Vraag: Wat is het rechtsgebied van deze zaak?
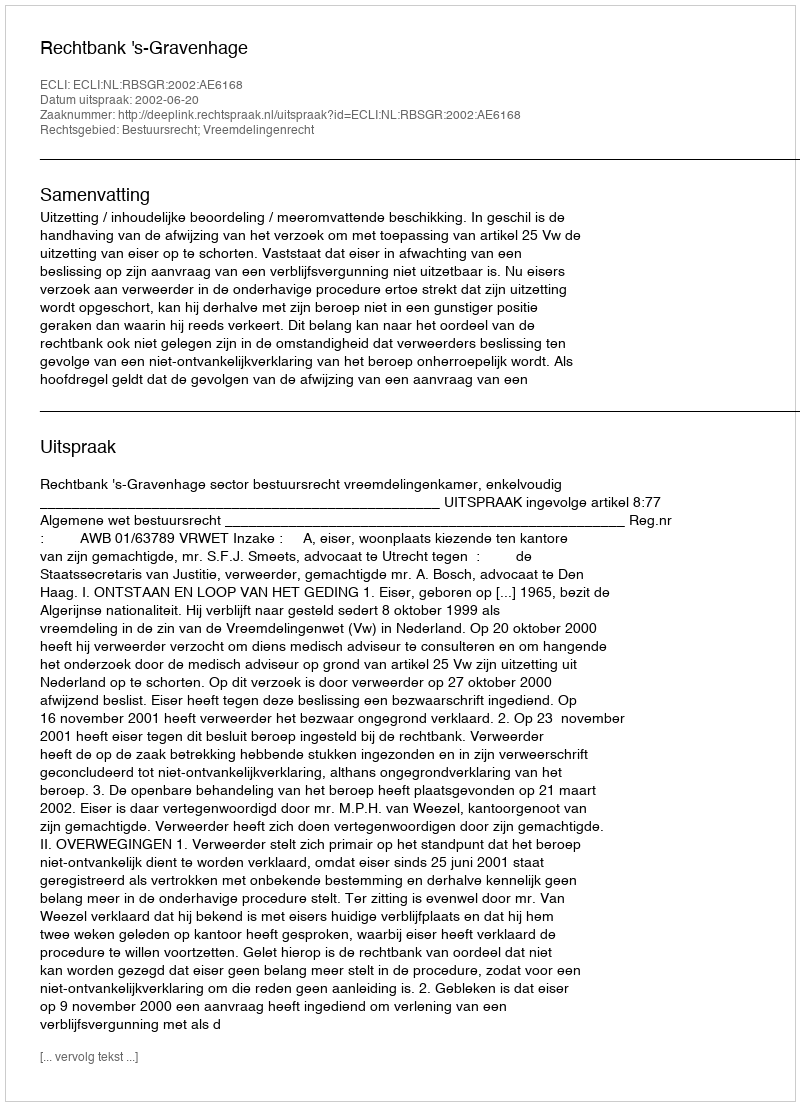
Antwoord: Bestuursrecht; Vreemdelingenrecht